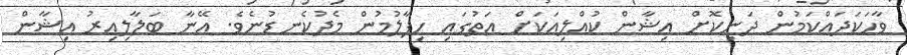
ވާހަކަދައްކަމުން ދަނިކޮށް އިޝާން ކުއްލިއަކަށް އަތުގައި ހިފާލުމުން މެދުކެނޑުނެވެ. އޭނާ ބަލާލިއިރު އިޝާން